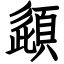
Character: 頿